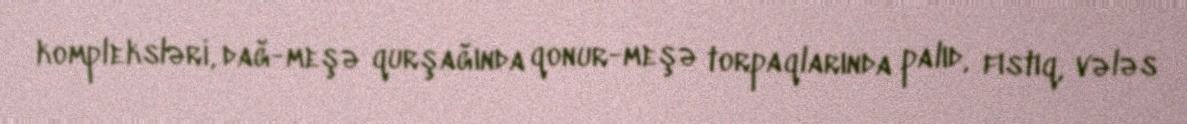
kompleksləri, dağ-meşə qurşağında qonur-meşə torpaqlarında palıd, fıstıq, vələs